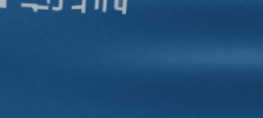
محلات السجاد الفخم بأسعار